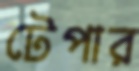
টেপার